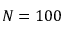
N = 1 0 0